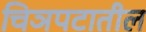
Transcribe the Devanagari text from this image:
चिञपटातील